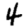
Digit: 4